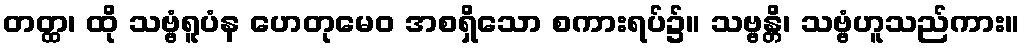
တတ္ထ၊ ထို သဗ္ဗံရူပံန ဟေတုမေဝ အစရှိသော စကားရပ်၌။ သဗ္ဗန္တိ၊ သဗ္ဗံဟူသည်ကား။